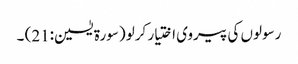
رسولوں کی پیروی اختیار کرلو (سورة یٰسین:21) ۔